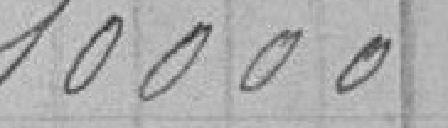
10 000,00